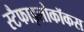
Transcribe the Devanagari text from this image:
स्टैफाइलोकॉकस